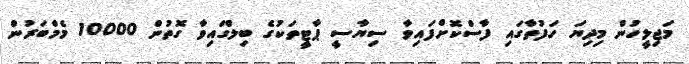
މަޖިލީހުން މިދިޔަ ހަފުތާގައި ފާސްކޮށްފައިވާ ސިޔާސީ ޕާޓީތަކުގެ ބިލްގައިވާ ގޮތުން 10000 މެމްބަރުން